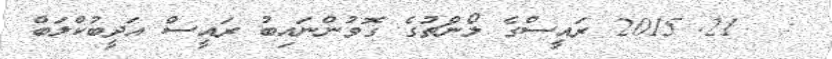
:  21